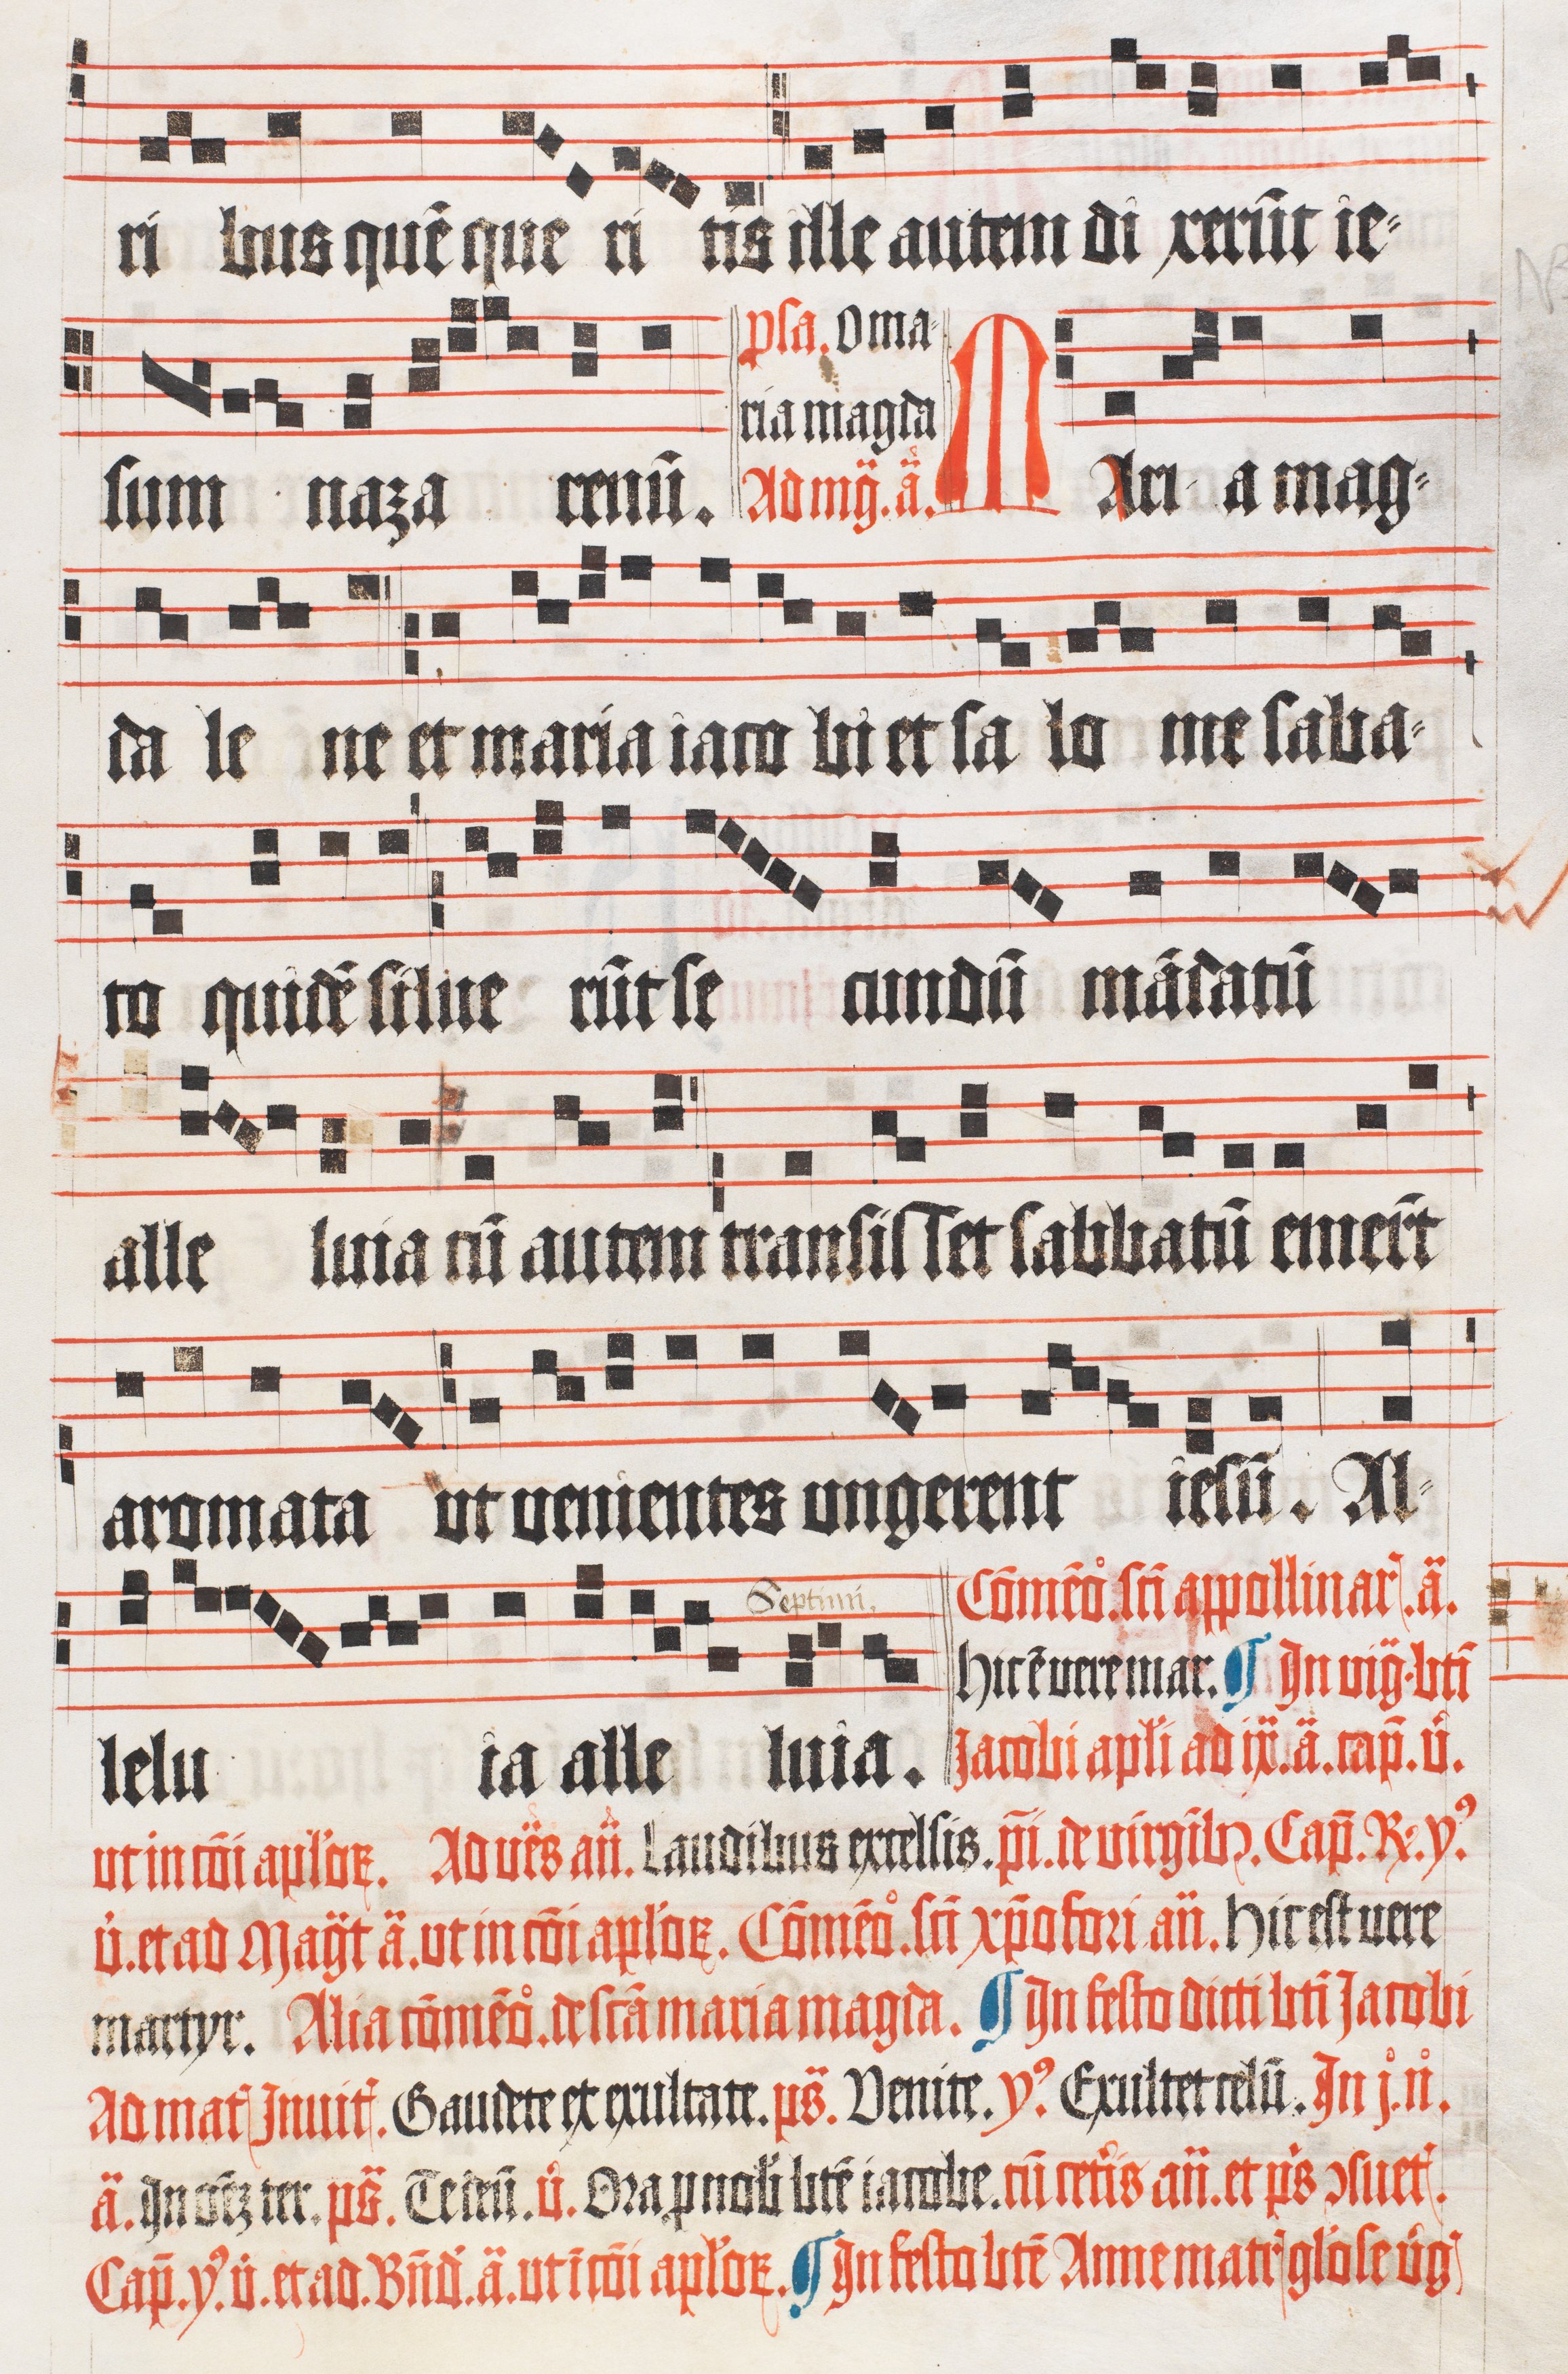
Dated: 1510–1517